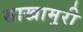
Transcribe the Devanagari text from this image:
साखामुरी